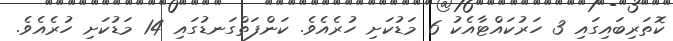
ކޮތަރިބައިގައި 3 ހަރުކައްޓާއެކު 6 މަޑުކަށި ހުރެއެވެ. ކަންފަތްގަނޑުގައި 14 މަޑުކަށި ހުރެއެވެ.